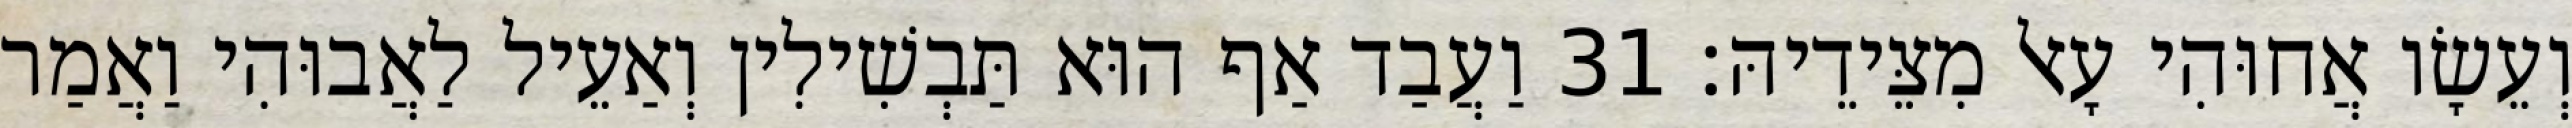
וְעֵשָׂו אֲחוּהִי עָאל מִצֵּידֵיהּ׃ 31 וַעֲבַד אַף הוּא תַּבְשִׁילִין וְאַעֵיל לַאֲבוּהִי וַאֲמַר